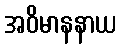
အဝိမာနနာယ